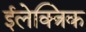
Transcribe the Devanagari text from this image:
ईलेक्त्रिक